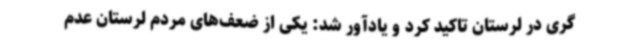
گری در لرستان تاکید کرد و یادآور شد: یکی از ضعف‌های مردم لرستان عدم